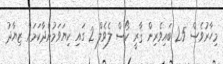
މިހާރުވެސް 25 ބައިވެރިން ޤާރީ ކޯސް ލެވެލް 2 ގައި ކިޔަވަމުންދާކަމަށް ޒިޔާދު